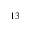
^ { 1 3 }